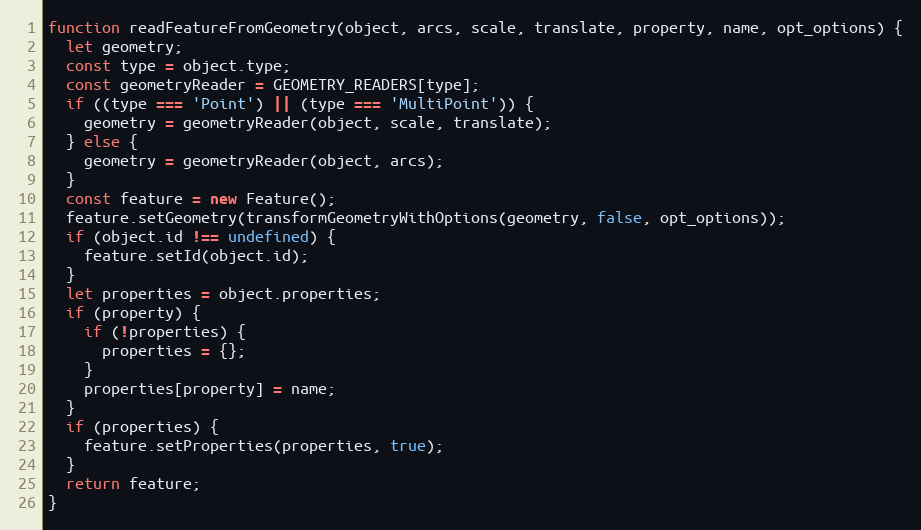
Language: JavaScript
function readFeatureFromGeometry(object, arcs, scale, translate, property, name, opt_options) {
  let geometry;
  const type = object.type;
  const geometryReader = GEOMETRY_READERS[type];
  if ((type === 'Point') || (type === 'MultiPoint')) {
    geometry = geometryReader(object, scale, translate);
  } else {
    geometry = geometryReader(object, arcs);
  }
  const feature = new Feature();
  feature.setGeometry(transformGeometryWithOptions(geometry, false, opt_options));
  if (object.id !== undefined) {
    feature.setId(object.id);
  }
  let properties = object.properties;
  if (property) {
    if (!properties) {
      properties = {};
    }
    properties[property] = name;
  }
  if (properties) {
    feature.setProperties(properties, true);
  }
  return feature;
}